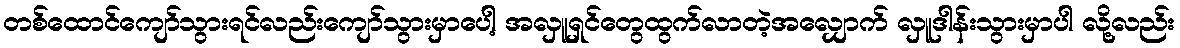
တစ်ထောင်ကျော်သွားရင်လည်းကျော်သွားမှာပေါ့ အလှူရှင်တွေထွက်လာတဲ့အလျှောက် လှူဒါန်းသွားမှာပါ လို့လည်း